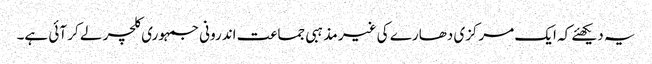
یہ دیکھئے کہ ایک مرکزی دھارے کی غیر مذہبی جماعت اندرونی جمہوری کلچر لے کر آئی ہے۔